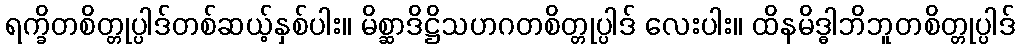
ရက္ခိတစိတ္တုပ္ပါဒ်တစ်ဆယ့်နှစ်ပါး။ မိစ္ဆာဒိဋ္ဌိသဟဂတစိတ္တုပ္ပါဒ် လေးပါး။ ထိနမိဒ္ဓါဘိဘူတစိတ္တုပ္ပါဒ်